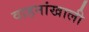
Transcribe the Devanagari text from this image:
वाहनांखाली